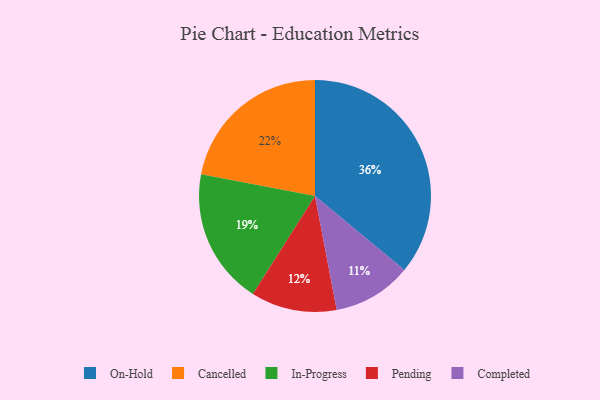
{"axis": {"x": "Category", "y": "Percentage"}, "legend": ["Cancelled", "Completed", "In-Progress", "On-Hold", "Pending"], "data": [{"x": "Pending", "y": 12, "type": "Pending"}, {"x": "On-Hold", "y": 36, "type": "On-Hold"}, {"x": "Cancelled", "y": 22, "type": "Cancelled"}, {"x": "In-Progress", "y": 19, "type": "In-Progress"}, {"x": "Completed", "y": 11, "type": "Completed"}]}